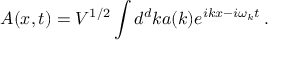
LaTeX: A ( x , t ) = V ^ { 1 / 2 } \int d ^ { d } k a ( k ) e ^ { i k x - i \omega _ { k } t } \, .